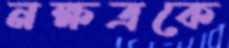
নক্ষত্রকে